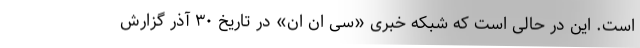
است. این در حالی است که شبکه خبری «سی ان ان» در تاریخ ۳۰ آذر گزارش